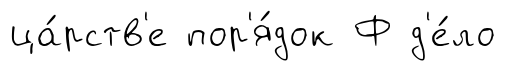
ца́рств'е пор'я́док Ф д'е́ло